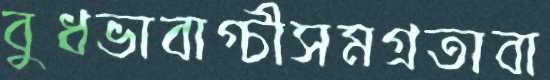
বুধভাবাগ্চীসমগ্রতাবা